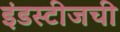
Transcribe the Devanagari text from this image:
इंडस्टीजची